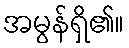
အမွန်ရှိ၏။